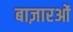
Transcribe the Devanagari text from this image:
बाज़ारओं